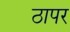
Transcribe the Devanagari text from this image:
ठापर